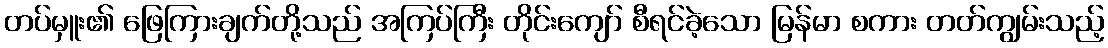
တပ်မှူး၏ ဖြေကြားချက်တို့သည် အကြပ်ကြီး တိုင်းကျော် စီရင်ခဲ့သော မြန်မာ စကား တတ်ကျွမ်းသည့်